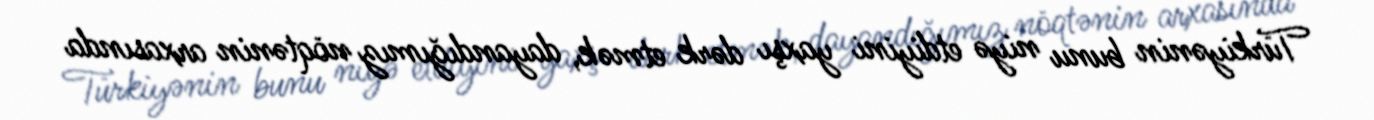
Türkiyənin bunu niyə etdiyini yaxşı dərk etmək, dayandığımız nöqtənin arxasında